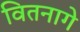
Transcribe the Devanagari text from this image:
वितनागे